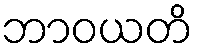
ဘာဝယတိ